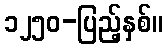
၁၂၅၀-ပြည့်နှစ်။